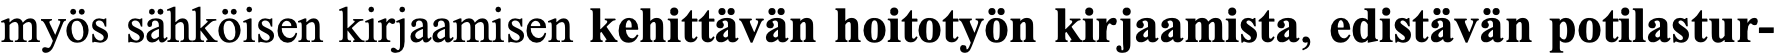
myös sähköisen kirjaamisen kehittävän hoitotyön kirjaamista, edistävän potilastur-